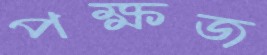
পক্ষজ